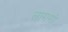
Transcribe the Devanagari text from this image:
लागगो